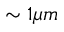
\sim 1 \mu m